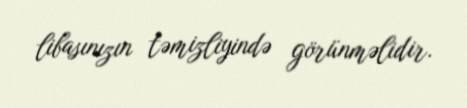
libasınızın təmizliyində görünməlidir.